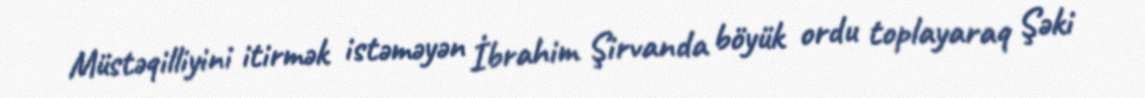
Müstəqilliyini itirmək istəməyən İbrahim Şirvanda böyük ordu toplayaraq Şəki